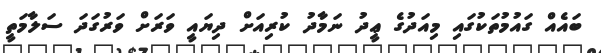
ބައެއް ގައުމުތަކުގައި މިއަދުގެ ޢީދު ނަމާދު ކުރިއަށް ދިޔައީ ވަރަށް ވަރުގަދަ ސަލާމަތީ